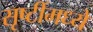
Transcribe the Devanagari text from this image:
सृष्टींमध्ये